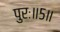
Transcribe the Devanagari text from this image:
पुरः॥५॥